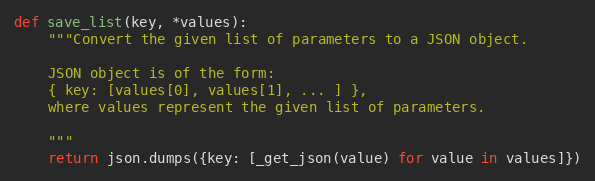
Language: Python
def save_list(key, *values):
    """Convert the given list of parameters to a JSON object.

    JSON object is of the form:
    { key: [values[0], values[1], ... ] },
    where values represent the given list of parameters.

    """
    return json.dumps({key: [_get_json(value) for value in values]})